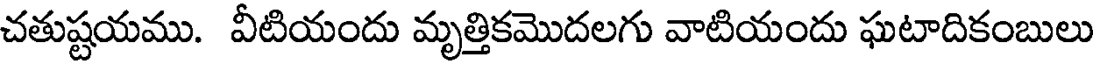
చతుష్టయము. వీటియందు మృత్తికమొదలగు వాటియందు ఘటాదికంబులు